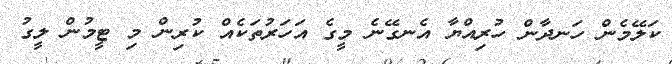
ކަލޭމެން ހަނދާން ހުރިއްޔާ އެނގޭނެ މީގެ އަހަރުތަކެއް ކުރިން މި ޓީމުން ލީގު